Civil Veterinary Department. Central Provinces & Berar 1932-41 - 1932-1941
Year: 1932
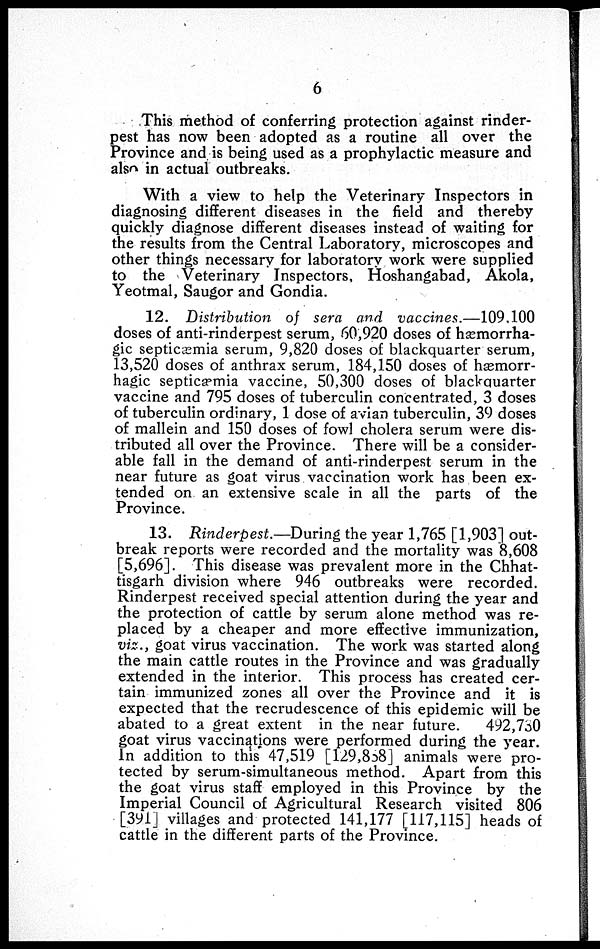
6
This method of conferring protection against rinder-
pest has now been adopted as a routine all over the
Province and is being used as a prophylactic measure and
also in actual outbreaks.
With a view to help the Veterinary Inspectors in
diagnosing different diseases in the field and thereby
quickly diagnose different diseases instead of waiting for
the results from the Central Laboratory, microscopes and
other things necessary for laboratory work were supplied
to the Veterinary Inspectors, Hoshangabad, Akola,
Yeotmal, Saugor and Gondia.
12. Distribution of sera and
vaccines.—109,100
doses of anti-rinderpest serum, 60,920 doses of hæmorrha-
gic septicæmia serum, 9,820 doses of blackquarter serum,
13,520 doses of anthrax serum, 184,150 doses of hæmorr-
hagic septicæmia vaccine, 50,300 doses of blackquarter
vaccine and 795 doses of tuberculin concentrated, 3 doses
of tuberculin ordinary, 1 dose of avian tuberculin, 39 doses
of mallein and 150 doses of fowl cholera serum were dis-
tributed all over the Province. There will be a consider-
able fall in the demand of anti-rinderpest serum in the
near future as goat virus vaccination work has been ex-
tended on an extensive scale in all the parts of the
Province.
13. Rinderpest.— During the year 1,765 [1,903] out-
break reports were recorded and the mortality was 8,608
[5,696]. This disease was prevalent more in the Chhat-
tisgarh division where 946 outbreaks were recorded.
Rinderpest received special attention during the year and
the protection of cattle by serum alone method was re-
placed by a cheaper and more effective immunization,
viz., goat virus vaccination. The work was started along
the main cattle routes in the Province and was gradually
extended in the interior. This process has created cer-
tain immunized zones all over the Province and it is
expected that the recrudescence of this epidemic will be
abated to a great extent in the near future.
492,730
goat virus vaccinations were performed during the year.
In addition to this 47,519 [129,858] animals were pro-
tected by serum-simultaneous method. Apart from this
the goat virus staff employed in this Province by the
Imperial Council of Agricultural Research visited 806
[391] villages and protected 141,177 [117,115] heads of
cattle in the different parts of the Province.